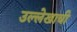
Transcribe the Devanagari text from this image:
उल्लेखाची